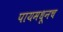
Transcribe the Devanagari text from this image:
पायमधूनच